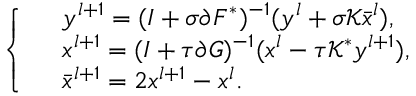
\left\{ \begin{array} { l l } & { y ^ { l + 1 } = ( I + \sigma \partial F ^ { \ast } ) ^ { - 1 } ( y ^ { l } + \sigma \mathcal { K } \bar { x } ^ { l } ) , } \\ & { x ^ { l + 1 } = ( I + \tau \partial G ) ^ { - 1 } ( x ^ { l } - \tau \mathcal { K } ^ { \ast } y ^ { l + 1 } ) , } \\ & { \bar { x } ^ { l + 1 } = 2 x ^ { l + 1 } - x ^ { l } . } \end{array} \right.